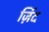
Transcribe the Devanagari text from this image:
ज़िंद